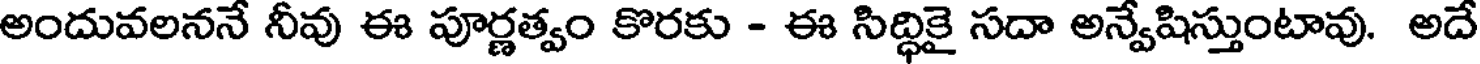
అందువలననే నీవు ఈ పూర్ణత్వం కొరకు - ఈ సిద్ధికై సదా అన్వేషిస్తుంటావు. అదే